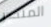
المنحدر